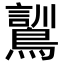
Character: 𮭌